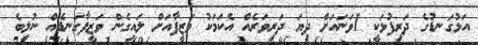
އަޅުގަނޑުގެ ދަރިފުޅަކީ 1ވަނައަށް ދިޔަ ދަރިވަރެއް އެކަމަކު ވަޒީފާއަށް ލައިގެން ވަޒީފާގަނޑެއް ނުލިބެ